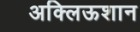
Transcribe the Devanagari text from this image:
अक्लिऊशान